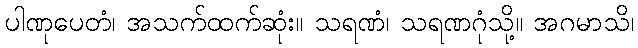
ပါဏုပေတံ၊ အသက်ထက်ဆုံး။ သရဏံ၊ သရဏဂုံသို့။ အဂမာသိ၊